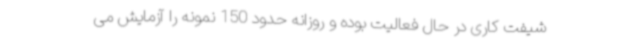
شیفت کاری در حال فعالیت بوده و روزانه حدود 150 نمونه را آزمایش می